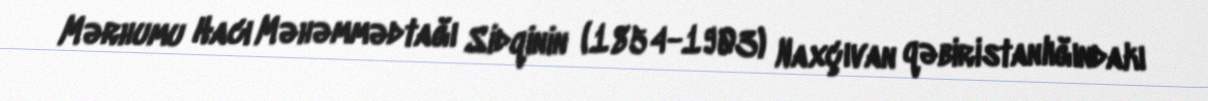
Mərhumu Hacı Məhəmmədtağı Sidqinin (1854-1903) Naxçıvan qəbiristanlığındakı